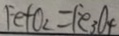
F e + O _ { 2 } = F e _ { 3 } O _ { 4 }